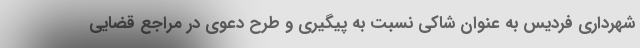
شهرداری فردیس به عنوان شاکی نسبت به پیگیری و طرح دعوی در مراجع قضایی